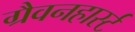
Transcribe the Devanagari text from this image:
ग्रैवनहार्स्ट